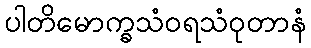
ပါတိမောက္ခသံဝရသံဝုတာနံ